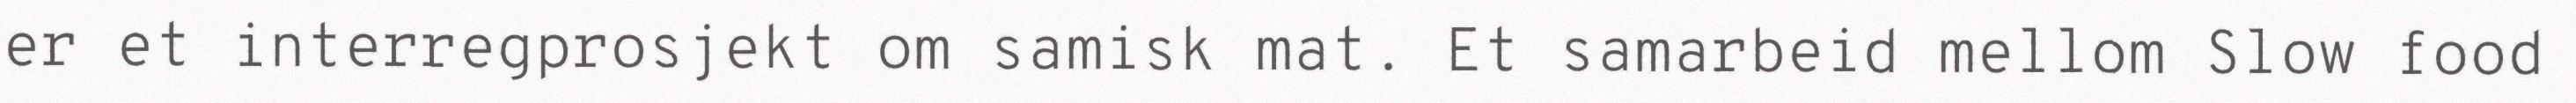
er et interregprosjekt om samisk mat. Et samarbeid mellom Slow food